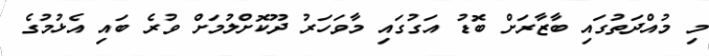
މި މުއްދަތުގައި ބާޒާރަށް ބޮޑު އަގުގައި މާވަހަރު ދޫކޮށްލުމަށް ވުރެ ބައި އެޅުމުގެ